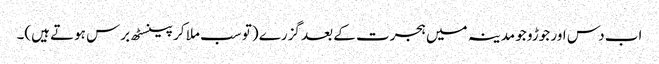
اب دس اور جوڑو جو مدینہ میں ہجرت کے بعد گزرے (تو سب ملا کر پینسٹھ برس ہوتے ہیں)۔